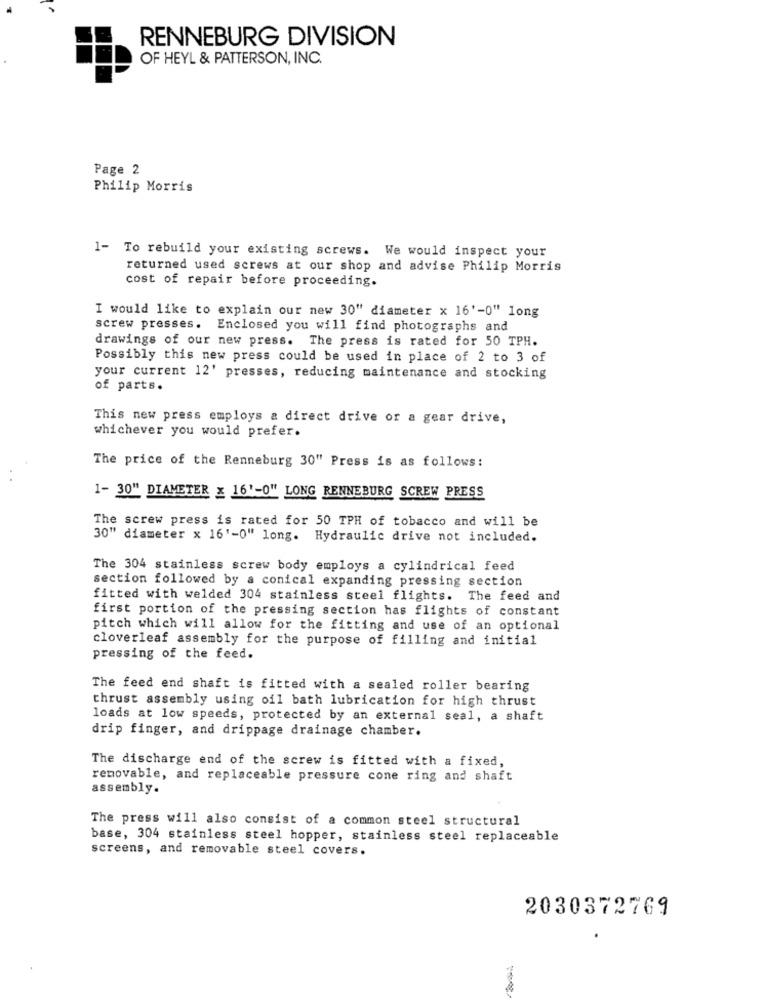
RENNEBURG DIVISION
OF HEYL & PATTERSON, INC.
Page 2
Philip Morris
1- To rebuild your existing screws. We would inspect your
returned used screws at our shop and advise Philip Morris
cost of repair before proceeding.
I would like to explain our new 30" diameter x 16'-0" long
screw presses. Enclosed you will find photographs and
drawings of our new press. The press is rated for 50 TPH.
Possibly this new press could be used in place of 2 to 3 of
your current 12' presses, reducing maintenance and stocking
of parts.
This new press employs a direct drive or a gear drive,
whichever you would prefer.
The price of the Renneburg 30" Press is as follows:
1- 30" DIAMETER x 16'-0" LONG RENNEBURG SCREW PRESS
The screw press is rated for 50 TPH of tobacco and will be
30" diameter x 16'-0" long. Hydraulic drive not included.
The 304 stainless screw body employs a cylindrical feed
section followed by a conical expanding pressing section
fitted with welded 304 stainless steel flights. The feed and
first portion of the pressing section has flights of constant
pitch which will allow for the fitting and use of an optional
cloverleaf assembly for the purpose of filling and initial
pressing of the feed.
The feed end shaft is fitted with a sealed roller bearing
thrust assembly using oil bath lubrication for high thrust
loads at low speeds, protected by an external seal, a shaft
drip finger, and drippage drainage chamber.
The discharge end of the screw is fitted with a fixed,
removable, and replaceable pressure cone ring and shaft
assembly.
The press will also consist of a common steel structural
base, 304 stainless steel hopper, stainless steel replaceable
screens, and removable steel covers.
2030372769
.